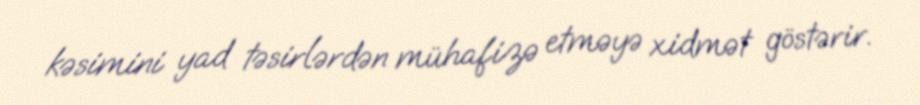
kəsimini yad təsirlərdən mühafizə etməyə xidmət göstərir.